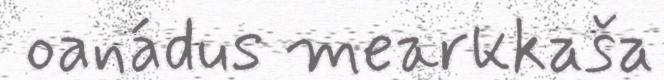
oanádus mearkkaša